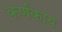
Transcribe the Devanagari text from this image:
कर्णकाय